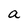
Character: a